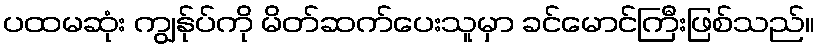
ပထမဆုံး ကျွန်ုပ်ကို မိတ်ဆက်ပေးသူမှာ ခင်မောင်ကြီးဖြစ်သည်။